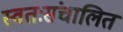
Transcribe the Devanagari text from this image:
स्वतःसंचालित